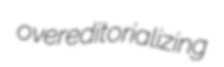
overeditorializing